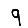
Digit: 9